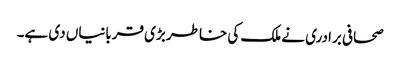
صحافی برادری نے ملک کی خاطر بڑی قربانیاں دی ہے۔